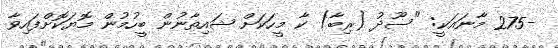
-275 މާނައަކީ: "ސޫދު (ރިބާ) ކާ މީހަކަށް ޝައިތާނުން ބީހުމުން މޮޔަކޮށްފައިވާ